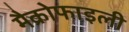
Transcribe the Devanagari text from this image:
मैक्रोफाइली